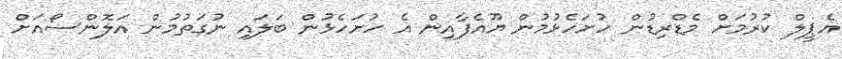
އެޕީލް ކުރުމަށް މެޑްރިޑުން ހުށަހެޅުމުން ޔޫއެފާއިން އެ ހުށަހެޅުން ބަލައި ނުގަތުމުން އަލޮންސޯއަށް